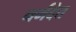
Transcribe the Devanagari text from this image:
नर्मदेत